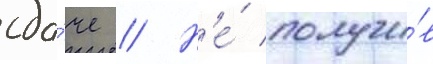
сда́че // Н'е́ получи́в